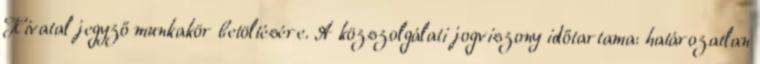
Hivatal jegyző munkakör betöltésére. A közszolgálati jogviszony időtartama: határozatlan